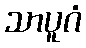
သာပူဂံ